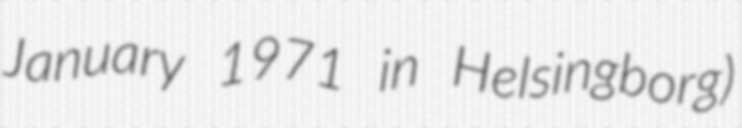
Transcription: January 1971 in Helsingborg)